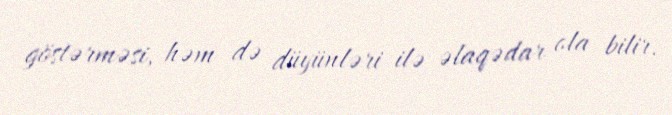
göstərməsi, həm də düyünləri ilə əlaqədar ola bilir.